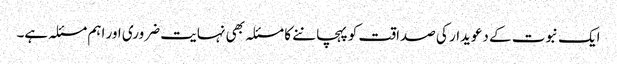
ایک نبوت کے دعویدار کی صداقت کو پہچاننے کا مسئلہ بھی نہایت ضروری اور اہم مسئلہ ہے۔